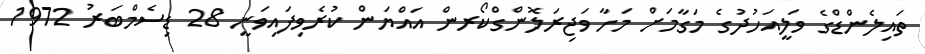
ތައިލެންޑްގެ ވަލީއަހުދުގެ މަގާމަށް މަހާ ވަޖިރަލޮންގްކޯރން އައްޔަން ކުރެވިފައިވަނީ 28 ޑިސެމްބަރު 1972